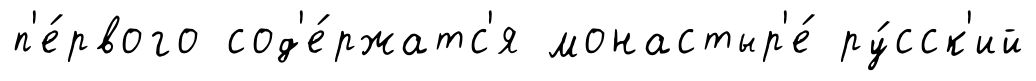
п'е́рвого сод'е́ржатс'я монастыр'е́ ру́сск'ий